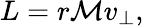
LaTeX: L=r\mathcal{M}v_{\perp},